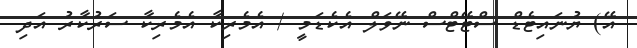
އޭ) ޔުނައިޓެޑް ސްޓޭޓްސް ނޭވަލް އެކެޑަމީ / އެމެރިކާ އެމެރިކާ ސަރުކާރު އަދި